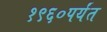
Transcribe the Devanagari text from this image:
१९६०पर्यंत